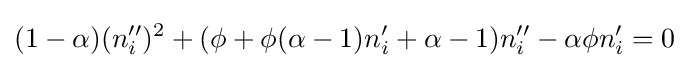
(1-\alpha )(n_{i}'')^{2}+(\phi +\phi (\alpha -1)n_{i}'+\alpha -1)n_{i}''-\alpha \phi n_{i}'=0